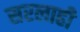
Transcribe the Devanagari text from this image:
सरलाही